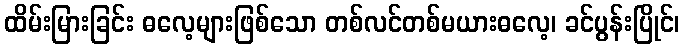
ထိမ်းမြားခြင်း ဓလေ့များဖြစ်သော တစ်လင်တစ်မယားဓလေ့၊ ခင်ပွန်းပြိုင်၊